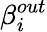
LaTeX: \beta_{i}^{out}